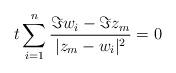
LaTeX: \begin{align*}t \sum_{i=1}^{n} \frac{\Im w_i-\Im z_m}{|z_m-w_i|^2}=0\end{align*}